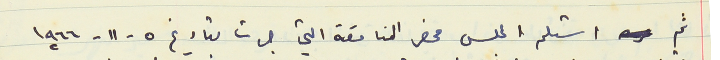
ثم استلم المجلس محضر المناقصة التي جرت بتاريخ ٥ - ١١ - ١٩٦٦